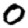
Digit: 0